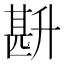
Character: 𭅧